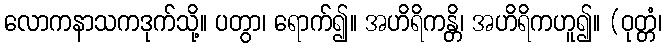
လောကနာသကဒုက်သို့။ ပတွာ၊ ရောက်၍။ အဟိရိကန္တိ၊ အဟိရိကဟူ၍။ (ဝုတ္တံ၊